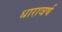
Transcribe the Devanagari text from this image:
धारावर्ष